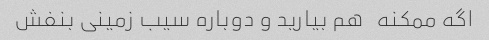
اگه ممکنه   هم بیارید و دوباره سیب زمینی بنفش